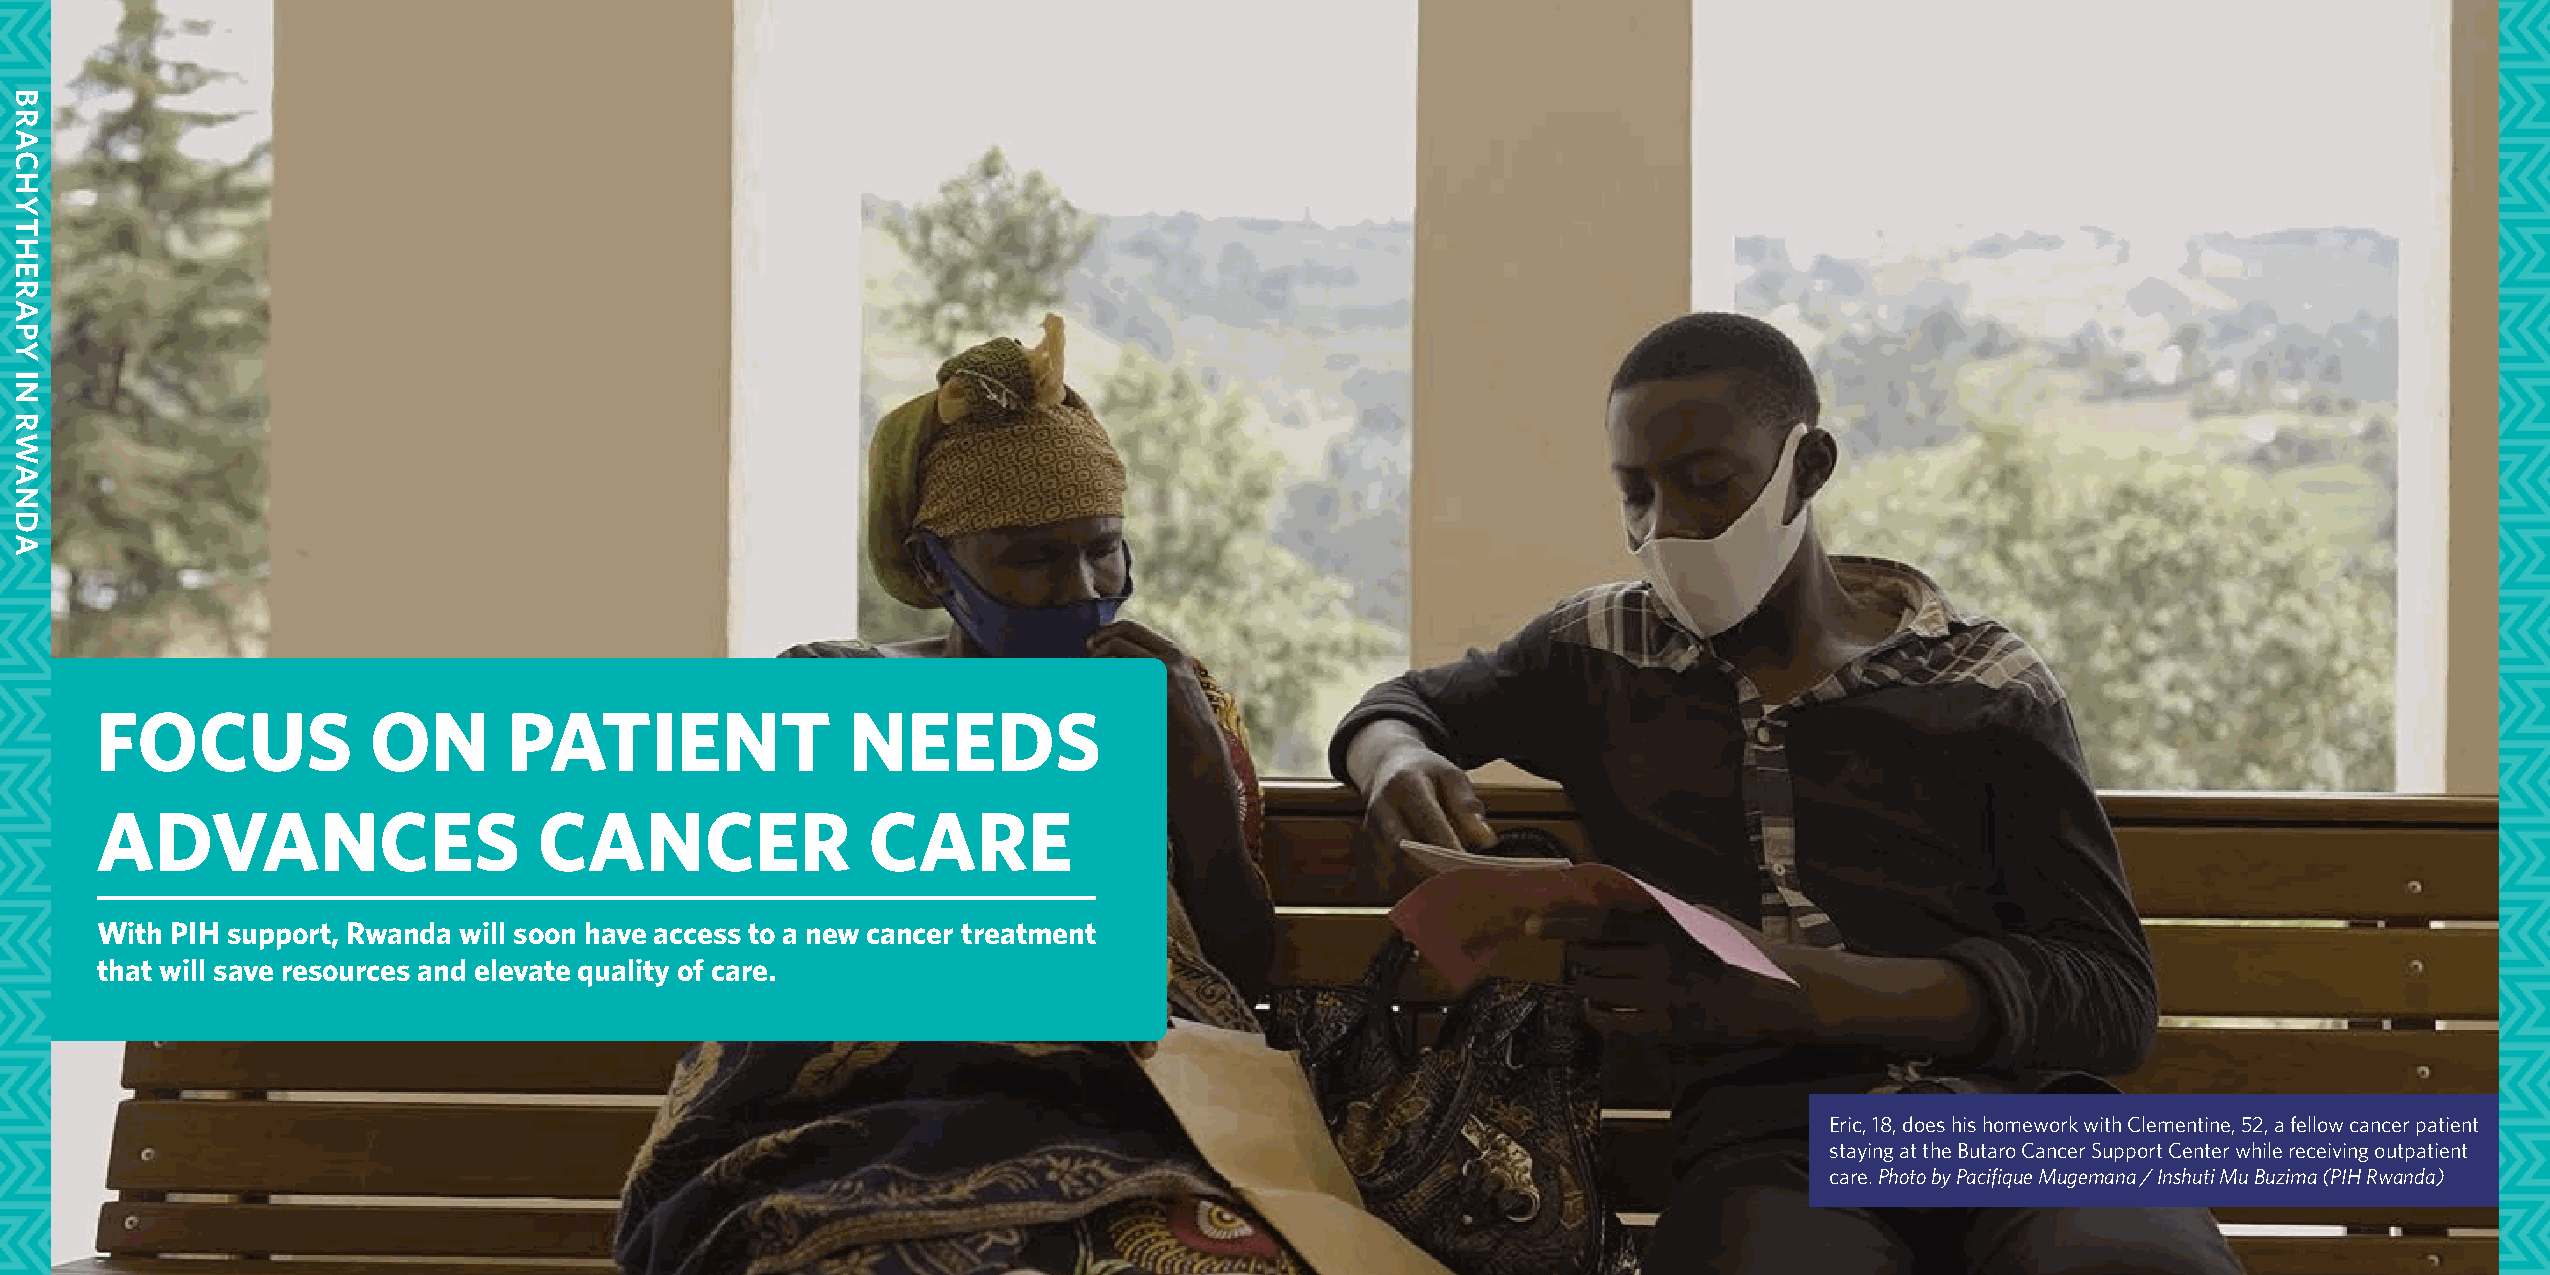
FOCUS             ON        PATIENT               NEEDS
 ADVANCES                      CANCER               CARE
 With PIH support, Rwanda will soon have access to a new cancer treatment
 that will save resources and elevate quality of care.
 Eric, 18, does his homework with Clementine, 52, a fellow cancer patient
 staying at the Butaro Cancer Support Center while receiving outpatient
 care. Photo by Pacifique Mugemana / Inshuti Mu Buzima (PIH Rwanda)
 26                                                                                                                                                        27
 BRACHYTHERAPY
 IN
 RWANDA